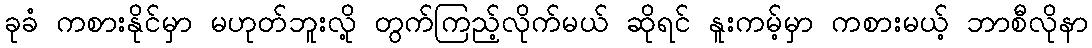
ခုခံ ကစားနိုင်မှာ မဟုတ်ဘူးလို့ တွက်ကြည့်လိုက်မယ် ဆိုရင် နူးကမ့်မှာ ကစားမယ့် ဘာစီလိုနာ